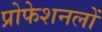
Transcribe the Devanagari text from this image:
प्रोफेशनलों